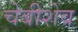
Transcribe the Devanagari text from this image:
चेबीशेव